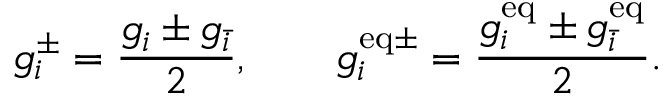
g _ { i } ^ { \pm } = \frac { g _ { i } \pm g _ { \bar { i } } } { 2 } , \qquad g _ { i } ^ { \mathrm { e q \pm } } = \frac { g _ { i } ^ { \mathrm { e q } } \pm g _ { \bar { i } } ^ { \mathrm { e q } } } { 2 } .